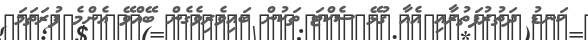
ކަނޑު ދަތުރުފަތުރާއި އެއާ ގުޅޭ ސެކްޓަ ތަކުން ބައިވެރިވެގެން ބޭއްވޭ އެންމެ ފުރަތަމަ